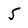
Character: 5